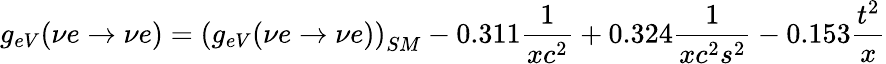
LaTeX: g_{eV}(\nu e\rightarrow\nu e)=\left(g_{eV}(\nu e\rightarrow\nu e)\right)_{SM}-0.311{\frac{1}{xc^{2}}}+0.324{\frac{1}{xc^{2}s^{2}}}-0.153{\frac{t^{2}}{x}}